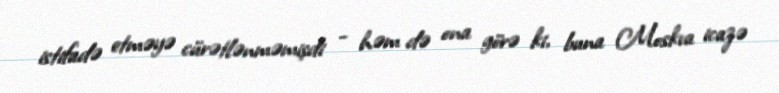
istifadə etməyə cürətlənməmişdi - həm də ona görə ki, buna Moskva icazə